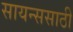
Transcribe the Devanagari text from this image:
सायन्ससाठी